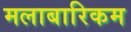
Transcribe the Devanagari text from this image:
मलाबारिकम